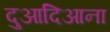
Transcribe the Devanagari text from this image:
दुआदिआना